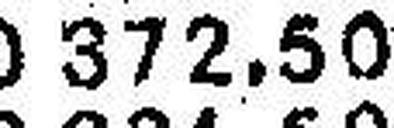
372.50